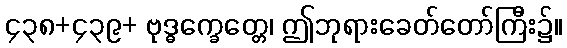
၄၃၈+၄၃၉+ ဗုဒ္ဓက္ခေတ္တေ၊ ဤဘုရားခေတ်တော်ကြီး၌။